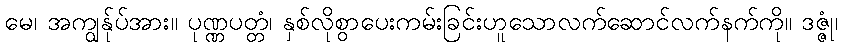
မေ၊ အကျွန်ုပ်အား။ ပုဏ္ဏပတ္တံ၊ နှစ်လိုစွာပေးကမ်းခြင်းဟူသောလက်ဆောင်လက်နက်ကို။ ဒဇ္ဇုံ၊